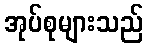
အုပ်စုများသည်